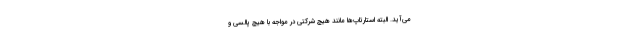
می‌آید. البته استارتاپ‌ها مانند هیچ شرکتی در مواجه با هیچ پالسی و